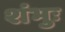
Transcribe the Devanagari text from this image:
शंभुः